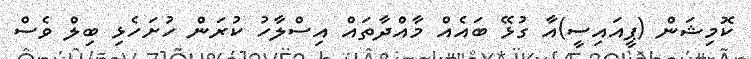
ކޮމިޝަން (ޕީއައިސީ)އާ ގުޅޭ ބައެއް މާއްދާތައް އިސްލާހު ކުރަން ހުށަހެޅި ބިލް ވެސް